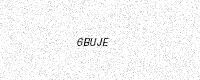
Text: 6BUJE